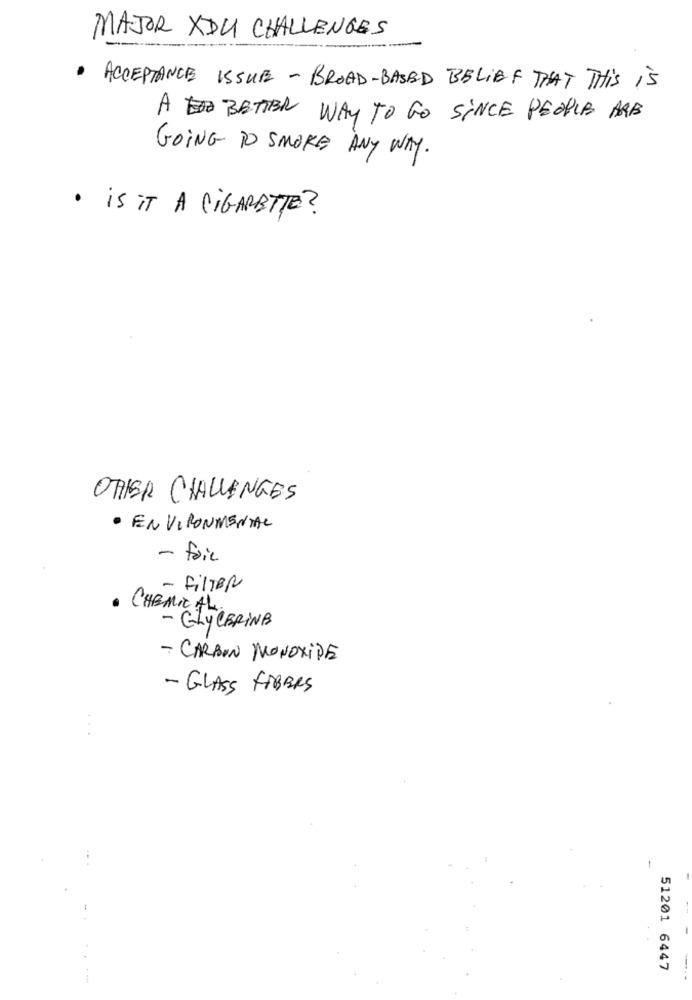
MAJOR XDU CHALLENGES
· ACCEPTANCE ISSUE - BROAD-BASED BELIEF THAT THIS is
A BETTER WAY TO GO SINCE PEOPLE ARE
GOING TO SMOKE ANY WAY.
· is IT A CIGARETTE ?
OTHER CHALLENGES
· ENVIRONMENTAL
- foie
- FILTER
- GLYCERINB
- CARBON MONOXIDE
- GLASS FIBERS
-
51201 6447